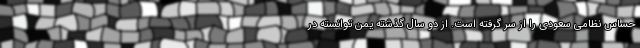
حساس نظامی سعودی را از سر گرفته است. از دو سال گذشته یمن توانسته در